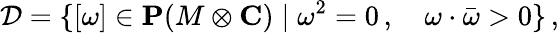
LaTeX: {\cal D}=\{ [\omega]\in{\mathbf P}(M\otimes{\mathbf C})\mid\omega^{2}=0\, ,\quad\omega\cdot\bar{\omega}>0\} \, ,